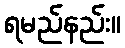
ရမည်နည်း။